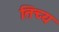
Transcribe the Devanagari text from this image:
तिच्य